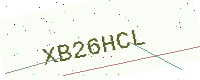
Text: XB26HCL